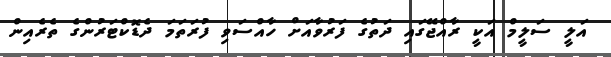
އަލީ ސަލީމް އަކީ ރާއްޖޭގައި ދަތުގެ ފަރުވާއަށް ހާއްސަވި ފުރަތަމަ ދެޑޮކްޓަރުންގެ ތެރެއިން